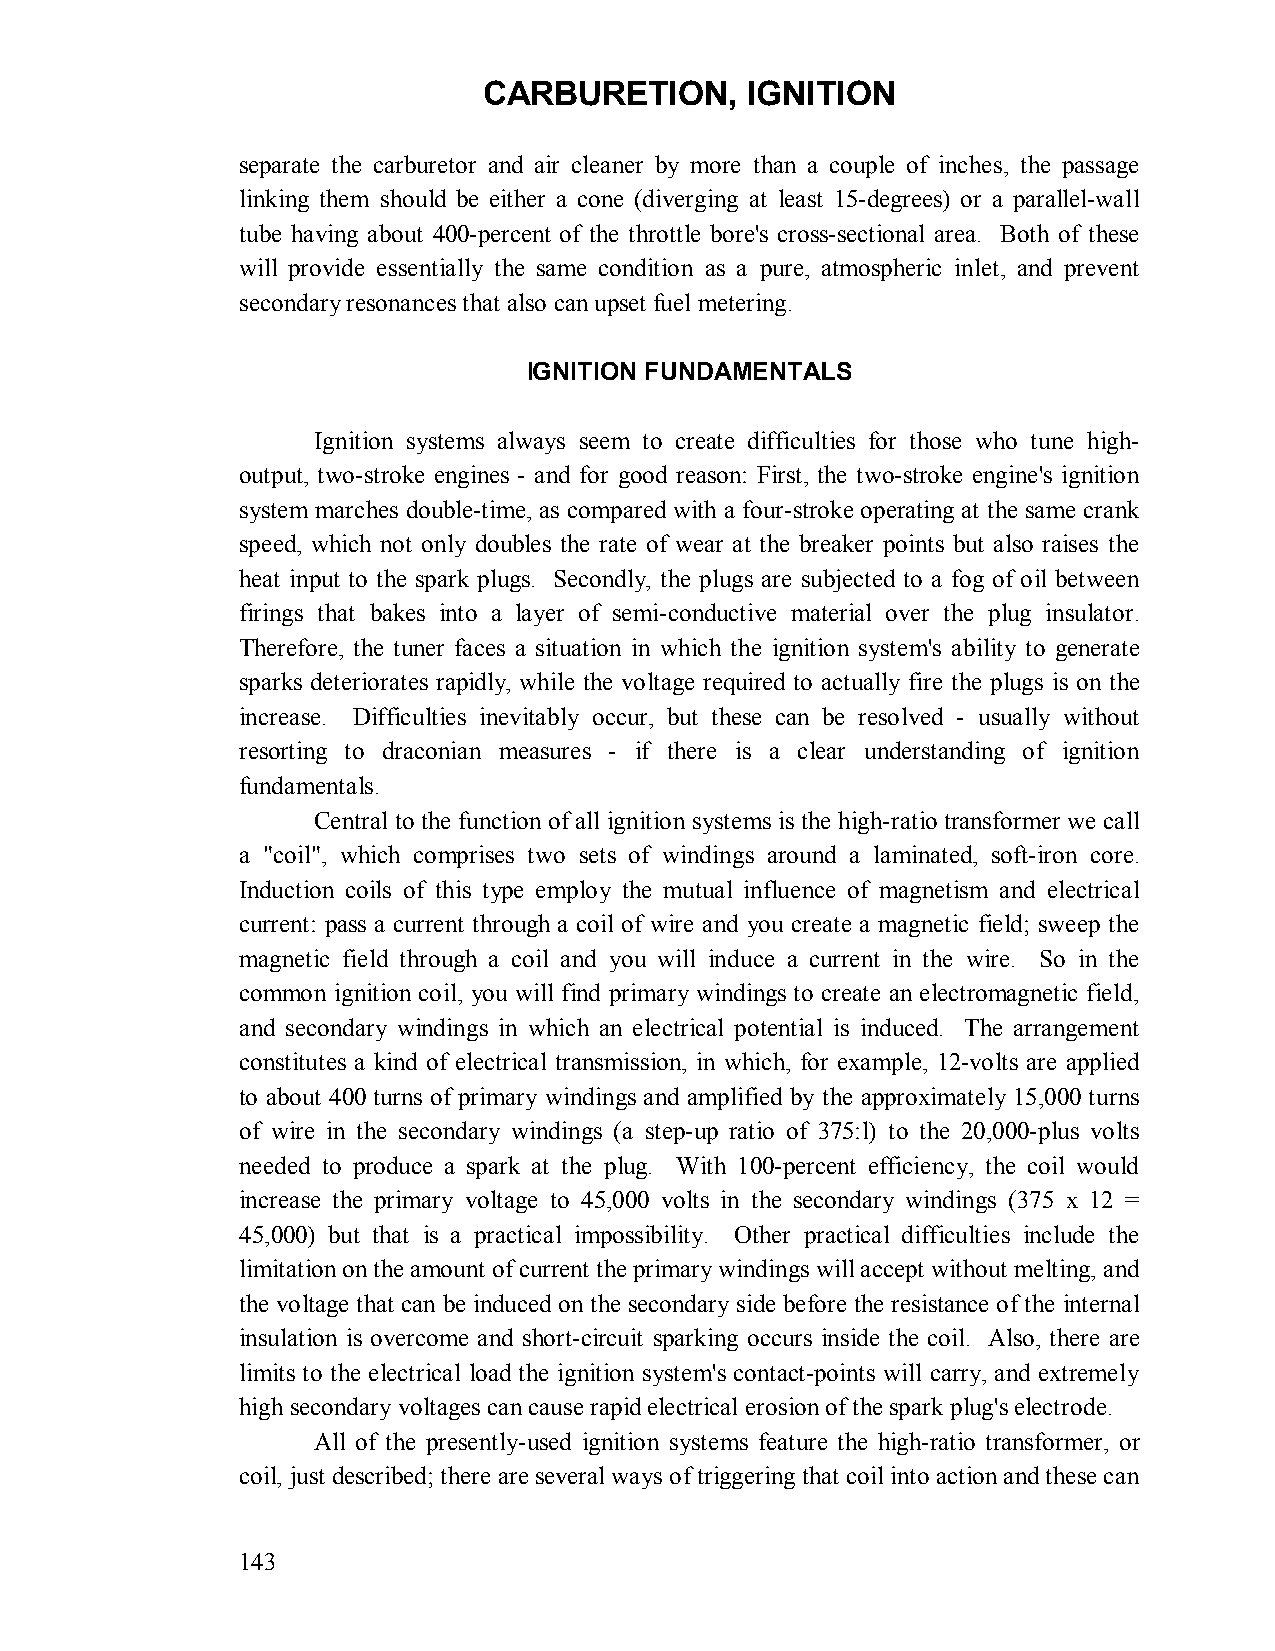
CARBURETION,     IGNITION
 separate the carburetor and air cleaner by more than a couple of inches, the passage
 linking them should be either a cone (diverging at least 15-degrees) or a parallel-wall
 tube having about 400-percent of the throttle bore's cross-sectional area. Both of these
 will provide essentially the same condition as a pure, atmospheric inlet, and prevent
 secondary resonances that also can upset fuel metering.
 IGNITION FUNDAMENTALS
 Ignition systems always seem to create difficulties for those who tune high-
 output, two-stroke engines - and for good reason: First, the two-stroke engine's ignition
 system marches double-time, as compared with a four-stroke operating at the same crank
 speed, which not only doubles the rate of wear at the breaker points but also raises the
 heat input to the spark plugs. Secondly, the plugs are subjected to a fog of oil between
 firings that bakes into a layer of semi-conductive material over the plug insulator.
 Therefore, the tuner faces a situation in which the ignition system's ability to generate
 sparks deteriorates rapidly, while the voltage required to actually fire the plugs is on the
 increase. Difficulties inevitably occur, but these can be resolved - usually without
 resorting to draconian measures - if there is a clear understanding of ignition
 fundamentals.
 Central to the function of all ignition systems is the high-ratio transformer we call
 a "coil", which comprises two sets of windings around a laminated, soft-iron core.
 Induction coils of this type employ the mutual influence of magnetism and electrical
 current: pass a current through a coil of wire and you create a magnetic field; sweep the
 magnetic field through a coil and you will induce a current in the wire. So in the
 common ignition coil, you will find primary windings to create an electromagnetic field,
 and secondary windings in which an electrical potential is induced. The arrangement
 constitutes a kind of electrical transmission, in which, for example, 12-volts are applied
 to about 400 turns of primary windings and amplified by the approximately 15,000 turns
 of wire in the secondary windings (a step-up ratio of 375:l) to the 20,000-plus volts
 needed to produce a spark at the plug. With 100-percent efficiency, the coil would
 increase the primary voltage to 45,000 volts in the secondary windings (375 x 12 =
 45,000) but that is a practical impossibility. Other practical difficulties include the
 limitation on the amount of current the primary windings will accept without melting, and
 the voltage that can be induced on the secondary side before the resistance of the internal
 insulation is overcome and short-circuit sparking occurs inside the coil. Also, there are
 limits to the electrical load the ignition system's contact-points will carry, and extremely
 high secondary voltages can cause rapid electrical erosion of the spark plug's electrode.
 All of the presently-used ignition systems feature the high-ratio transformer, or
 coil, just described; there are several ways of triggering that coil into action and these can
 143